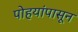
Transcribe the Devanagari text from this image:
पोहयांपासून